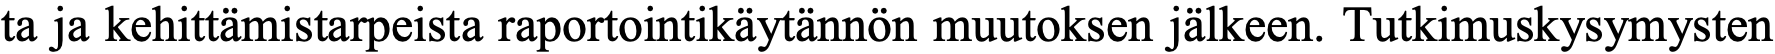
ta ja kehittämistarpeista raportointikäytännön muutoksen jälkeen. Tutkimuskysymysten